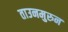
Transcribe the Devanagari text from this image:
ताउनमुरुन